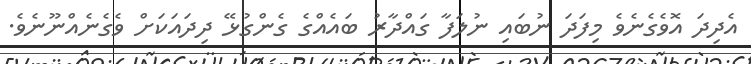
އެދިދަ އޮވެގެނެވެ މިފަދަ ނުބައި ނުލަފާ ގައްދާރު ބައެއްގެ ގެންގުޅޭ ދިދައަކަށް ވެގެނެއްނޫނެވެ.